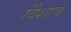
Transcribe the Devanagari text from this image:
विेशाचे